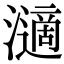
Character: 𤁷